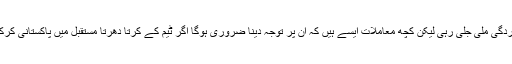
اس سیریز میں پاکستان کی کارکردگی ملی جلی رہی لیکن کچھ معاملات ایسے ہیں کہ ان پر توجہ دینا ضروری ہوگا اگر ٹیم کے کرتا دھرتا مستقبل میں پاکستانی کرکٹ ٹیم کو فاتح دیکھنا چاہتے ہیں۔